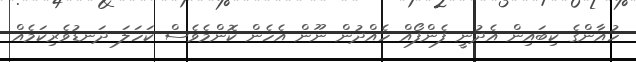
ހުއާންގެ ކިބައިން އެދުނީ ފެންފޯއް ހެއްދުން ނޫން އެހެން ކޮންމެވެސް ކަހަލަ ދަނޑުވެރިކަމެއް